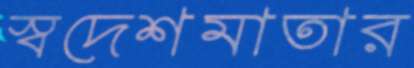
স্বদেশমাতার